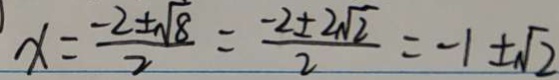
x = \frac { - 2 \pm \sqrt { 8 } } { 2 } = \frac { - 2 \pm 2 \sqrt { 2 } } { 2 } = - 1 \pm \sqrt { 2 }